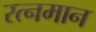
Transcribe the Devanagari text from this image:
रत्नमान